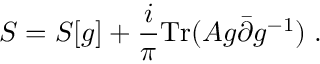
S = S [ g ] + \frac { i } { \pi } \mathrm { T r } ( A g { \bar { \partial } } g ^ { - 1 } ) \; .